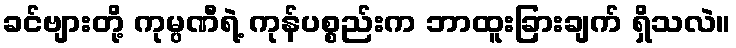
ခင်ဗျားတို့ ကုမ္ပဏီရဲ့ ကုန်ပစ္စည်းက ဘာထူးခြားချက် ရှိသလဲ။